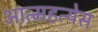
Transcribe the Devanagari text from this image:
आत्महत्येस